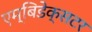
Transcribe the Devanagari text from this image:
एम्बिडेक्सटर